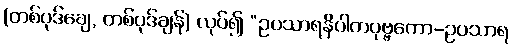
(တစ်ပုဒ်ချေ, တစ်ပုဒ်ချန်) လုပ်၍ “ဥပသာရနိပါတပုဗ္ဗကော-ဥပသာရ